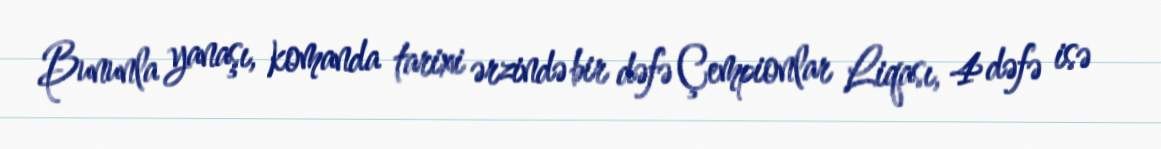
Bununla yanaşı, komanda tarixi ərzində bir dəfə Çempionlar Liqası, 4 dəfə isə